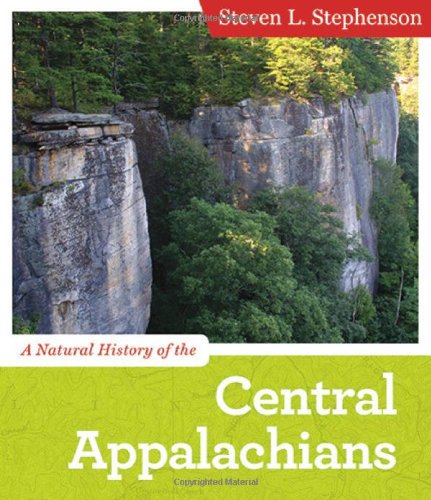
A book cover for A Natural History of the Central Appalachians (Central Appalachian Natural History); Steven L. Stephenson; Science & Math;